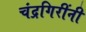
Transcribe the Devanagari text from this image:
चंद्रगिरींनी